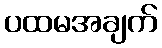
ပထမအချက်